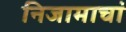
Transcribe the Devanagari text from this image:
निजामाचां